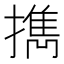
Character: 擕